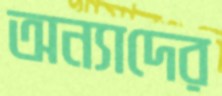
অন্যাদের